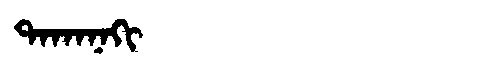
Manchu: ᡨᠠᡴᠠᠨᠠᡴᡳ
Romanization: TAKANAKI